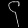
Digit: ၄